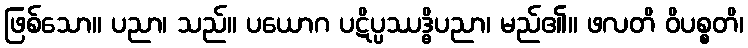
ဖြစ်သော။ ပညာ၊ သည်။ ပယောဂ ပဋိပ္ပဿဒ္ဓိပညာ၊ မည်၏။ ဖလတိ ဝိပစ္စတိ၊